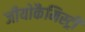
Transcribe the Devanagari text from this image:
जीयोकैमिस्ट्री